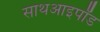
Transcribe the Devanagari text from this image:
साथआइपॉड